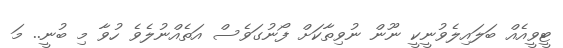
ޓީވީއެއް ބަލައިލެވުނީކީ ނޫން ނުވިތާކަށް ފޯނުގަވެސް އަތެއްނުލެވެ ހުވާ މި ބުނީ.. މަ